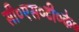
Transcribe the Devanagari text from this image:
सी०एस०टी०के०